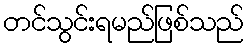
တင်သွင်းရမည်ဖြစ်သည်